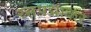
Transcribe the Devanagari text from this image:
रसपद्माकर